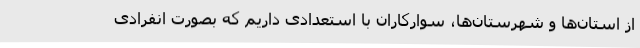
از استان‌ها و شهرستان‌ها، سوارکاران با استعدادی داریم که بصورت انفرادی